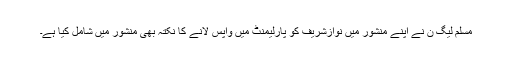
مسلم لیگ ن نے اپنے منشور میں نوازشریف کو پارلیمنٹ میں واپس لانے کا نکتہ بھی منشور میں شامل کیا ہے۔